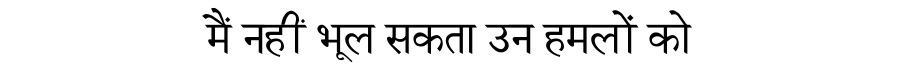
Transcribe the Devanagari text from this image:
मैं नहीं भूल सकता उन हमलों को